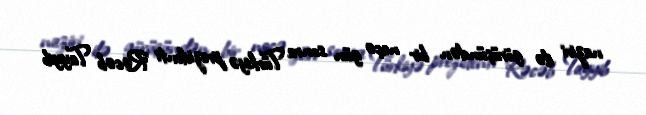
naziri ilə görüşündən bir neçə gün sonra Türkiyə prezidenti Rəcəb Tayyib